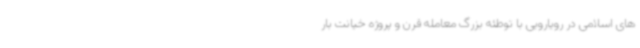
های اسلامی در رویارویی با توطئه بزرگ معامله قرن و پروژه خیانت بار